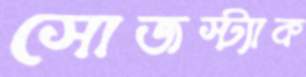
সোজস্ট্যাক